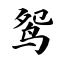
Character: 鸳